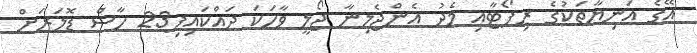
އޭގެ އަނިޔާތަކުގެ ރިޕޯޓާއި މެދު އެންޖެލިނާ ޖޯލީ ވާހަކަ ދައްކައިފި23 ހާސް ޑޮލަރަށް